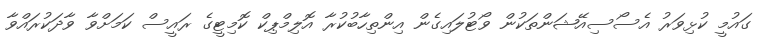
ގައުމީ ކުޅިވަރު އެސޯސިއޭޝަންތަކުން ވޯޓުލައިގެން އިންތިހާބުކުރާ އޮލިމްޕިކް ކޮމިޓީގެ ރައީސް ކަމަށްވާ ވާދަކުރައްވާ